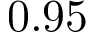
0 . 9 5